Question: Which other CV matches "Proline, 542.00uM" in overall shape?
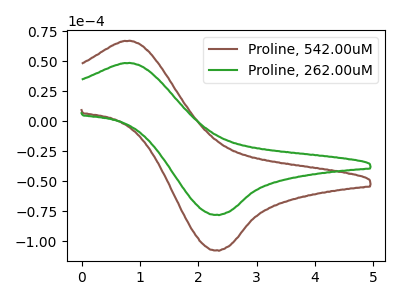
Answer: <think>The brown curve "Proline, 542.00uM" has an anodic peak at (0.75V, 67.15uA) and a cathodic peak at (2.30V, -107.55uA). The green curve "Proline, 262.00uM" has an anodic peak at (0.75V, 48.65uA) and a cathodic peak at (2.30V, -77.90uA).
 All the peaks in "Proline, 542.00uM" have a peak in "Proline, 262.00uM" at the same potential. Every peak in "Proline, 542.00uM" is higher than every peak in "Proline, 262.00uM".</think>
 <answer>The CV with the most similar shape to "Proline, 262.00uM" is "Proline, 542.00uM".</answer>
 <eval>"Proline, 542.00uM"</eval>